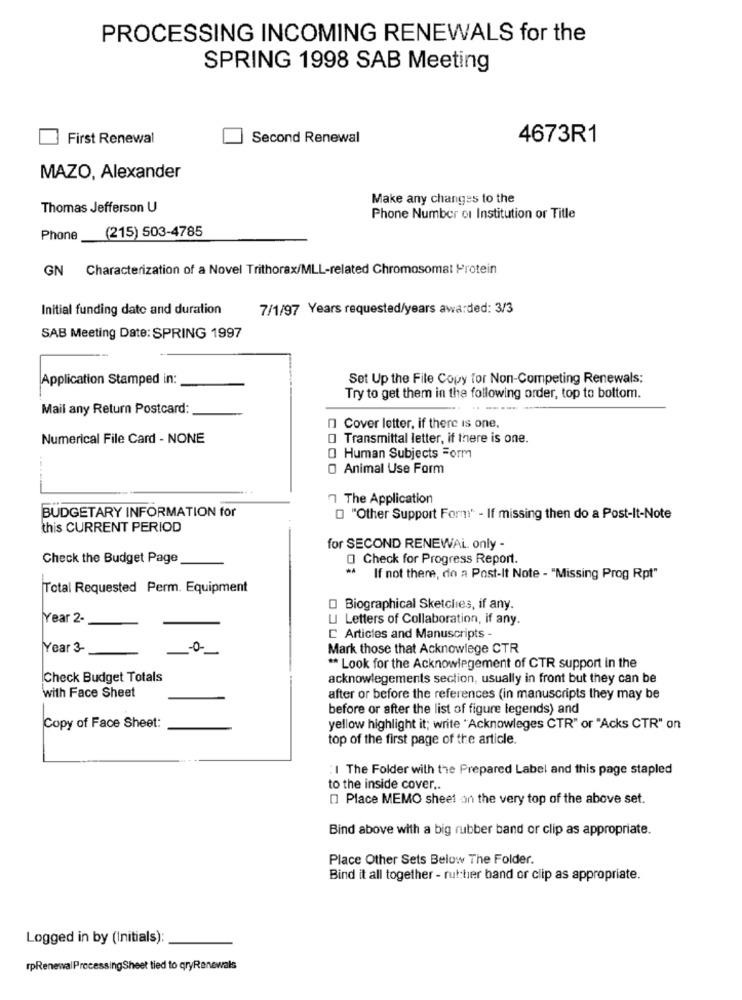
PROCESSING INCOMING RENEWALS for the
SPRING 1998 SAB Meeting
First Renewal
Second Renewal
4673R1
MAZO, Alexander
Make any changes to the
Thomas Jefferson U
Phone Number of Institution or Title
(215) 503-4785
Phone
GN Characterization of a Novel Trithorax/MLL-related Chromosomat Protein
Initial funding date and duration
7/1/97 Years requested/years awarded: 3/3
SAB Meeting Date: SPRING 1997
Application Stamped in:
Set Up the File Copy for Non-Competing Renewals;
Try to get them in the following order, top to bottom.
Mail any Return Postcard:
n Cover letter, if there is one,
Numerical File Card - NONE
O Transmittal letter, if there is one.
O Human Subjects Form
O Animal Use Form
7 The Application
BUDGETARY INFORMATION for
O "Other Support Form' - If missing then do a Post-It-Note
this CURRENT PERIOD
for SECOND RENEWAL only -
Check the Budget Page
O Check for Progress Report.
If not there, do a Post-It Note - "Missing Prog Rpt"
Total Requested Perm. Equipment
O Biographical Sketclies, if any.
Year 2-
U Letters of Collaboration, if any.
C Articles and Manuscripts -
Year 3-
Mark those that Acknowlege CTR
** Look for the Acknowlegement of CTR support in the
Check Budget Totals
acknowlegements section, usually in front but they can be
with Face Sheet
after or before the references (in manuscripts they may be
before or after the list of figure legends) and
Copy of Face Sheet:
yellow highlight it; write "Acknowleges CTR" or "Acks CTR" on
top of the first page of the article.
:I The Folder with the Prepared Label and this page stapled
to the inside cover ..
[] Place MEMO sheet on the very top of the above set.
Bind above with a big rubber band or clip as appropriate.
Place Other Sets Below The Folder.
Bind it all together - rut:tier band or clip as appropriate.
Logged in by (Initials):
rpRenewalProcessingSheet tied to qryRenewals